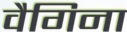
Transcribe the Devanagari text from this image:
वैगिना